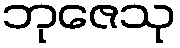
ဘုဇေသု